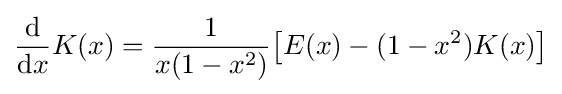
{\frac {\mathrm {d} }{\mathrm {d} x}}K(x)={\frac {1}{x(1-x^{2})}}{\bigl [}E(x)-(1-x^{2})K(x){\bigr ]}